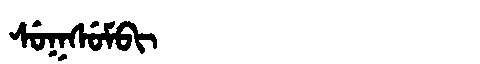
Manchu: ᠰᡠᡴᠰᡠᠮᠪᡳ
Romanization: SUKSUMBI